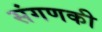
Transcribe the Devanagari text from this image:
संगणकी